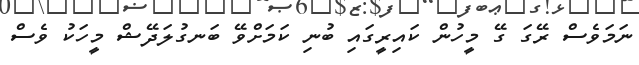
ނަމަވެސް ރޭގަ ގޭ މީހުން ކައިރީގައި ބުނި ކަމަށްވޭ ބަނގުލަދޭޝް މީހަކު ވެސް